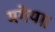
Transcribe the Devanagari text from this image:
मगेया।